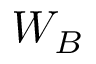
W _ { B }